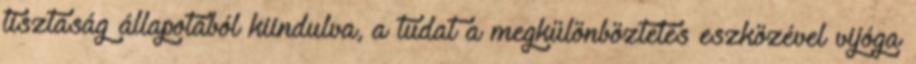
tisztaság állapotából kiindulva, a tudat a megkülönböztetés eszközével vijóga